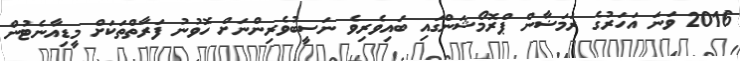
2016 ވަނަ އަހަރުގެ ރަމަޟާން ޕްރޮމޯޝަންގައި ބައިވެރިވެ ނަސީބުވެރިންނަށް ހޮވުނު ފަރާތްތަކަށް މީޑިއާނެޓުން